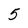
Character: 5